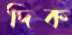
দিক